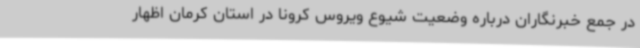
در جمع خبرنگاران درباره وضعیت شیوع ویروس کرونا در استان کرمان اظهار